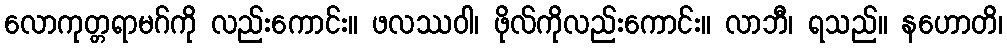
လောကုတ္တရာမဂ်ကို လည်းကောင်း။ ဖလဿဝါ၊ ဖိုလ်ကိုလည်းကောင်း။ လာဘီ၊ ရသည်။ နဟောတိ၊